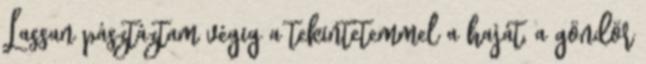
Lassan pásztáztam végig a tekintetemmel a haját, a göndör